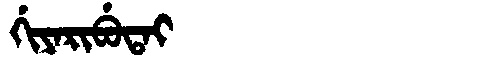
Manchu: ᡤᡳᠶᠠᡵᡳᠪᡠᡨᠠᡳ
Romanization: GIYARIBUTAI